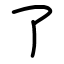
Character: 了